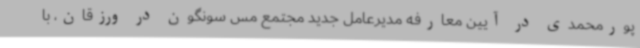
پورمحمدی در آیین معارفه مدیرعامل جدید مجتمع مس سونگون در ورزقان، با